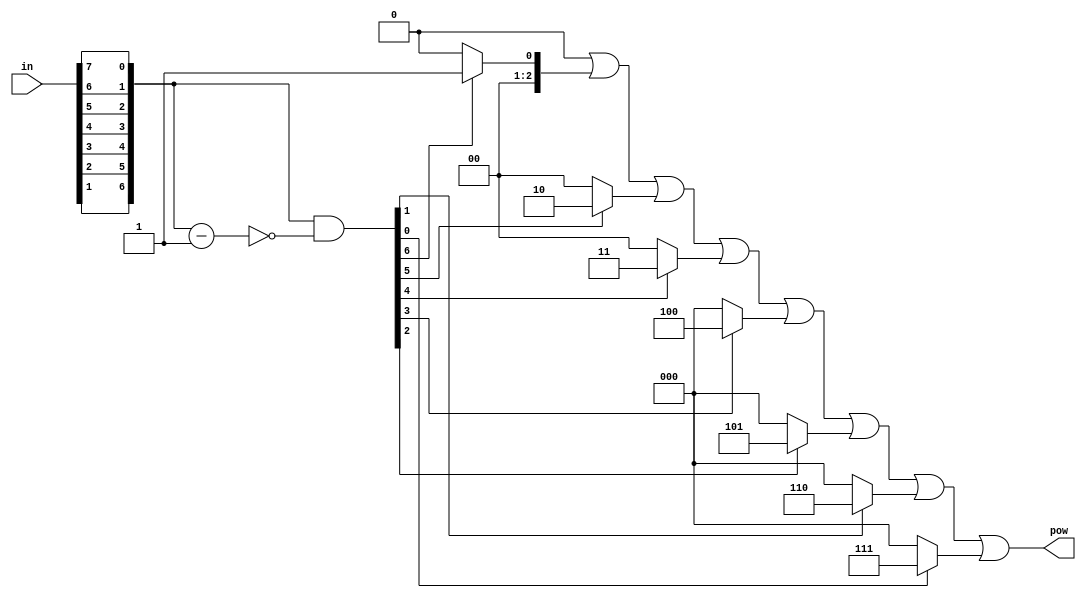
module priority_encoder
#(
        parameter IN_SIZE  = 8,
        parameter OUT_SIZE = $clog2(IN_SIZE)
)
(
        input  wire [IN_SIZE  - 1:0] in,
        output wor  [OUT_SIZE - 1:0] pow
);

wire [IN_SIZE - 1:0] onehot;
wire [IN_SIZE - 1:0] onehot_rev;
wire [IN_SIZE - 1:0] in_rev;

genvar i;
generate for (i = 0; i < IN_SIZE; i = i + 1)
begin: loop_1
        assign onehot[IN_SIZE - 1 - i] = onehot_rev[i];
        assign in_rev[IN_SIZE - 1 - i] = in[i];
end
endgenerate

assign onehot_rev = in_rev & ~(in_rev - 1);

genvar g;
generate for (g = 0; g < IN_SIZE; g = g + 1)
begin: loop_2
        assign pow = (onehot[g]) ? g : 0;
end
endgenerate


endmodule